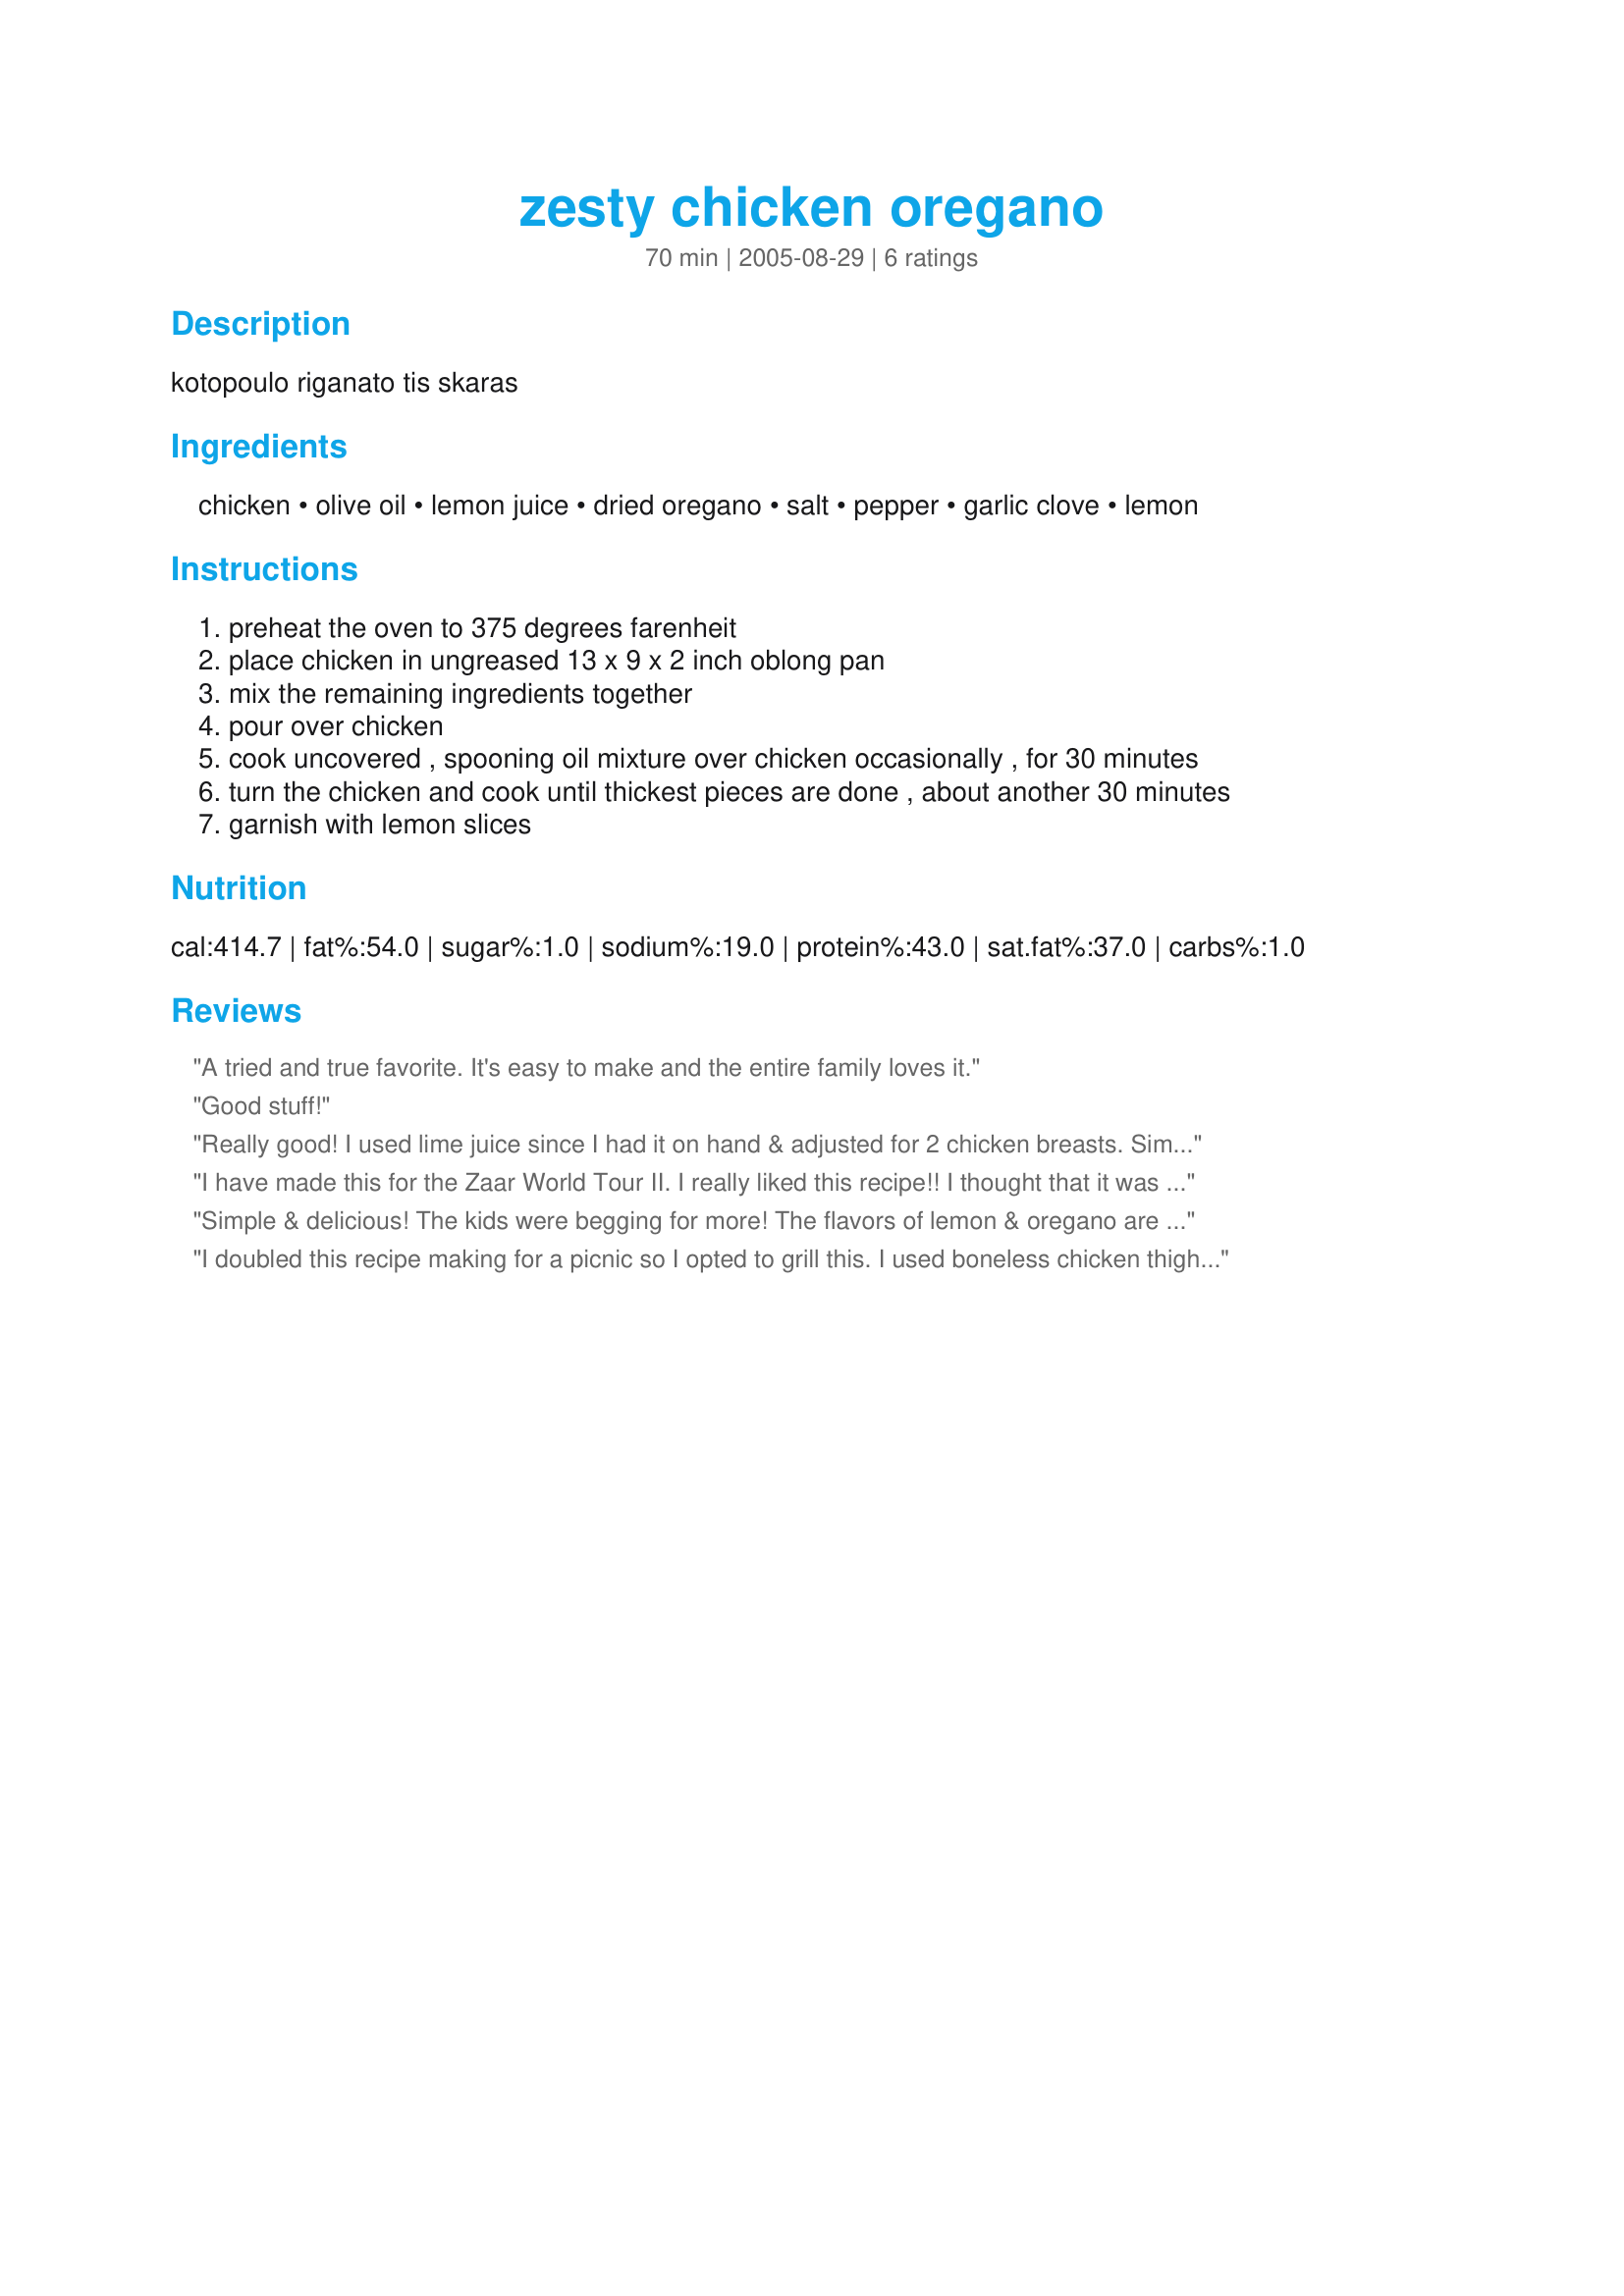
zesty chicken oregano
Preparation time: 70 minutes

kotopoulo riganato tis skaras

Ingredients:
chicken, olive oil, lemon juice, dried oregano, salt, pepper, garlic clove, lemon

Steps:
preheat the oven to 375 degrees farenheit
place chicken in ungreased 13 x 9 x 2 inch oblong pan
mix the remaining ingredients together
pour over chicken
cook uncovered , spooning oil mixture over chicken occasionally , for 30 minutes
turn the chicken and cook until thickest pieces are done , about another 30 minutes
garnish with lemon slices

Reviews:
A tried and true favorite. It's easy to make and the entire family loves it.
Good stuff!
Really good! I used lime juice since I had it on hand & adjusted for 2 chicken breasts. Simple & tasty, my kind of dish. Thanks for posting!
I have made this for the Zaar World Tour II. I really liked this recipe!! I thought that it was going to be really greasy but it wasn't. The taste was very good and had a distinctness. I will definatly be making this again!! It's a keeper!! KUDOS!!
Simple & delicious! The kids were begging for more! The flavors of lemon & oregano are really THERE - love it!!
I doubled this recipe making for a picnic so I opted to grill this. I used boneless chicken thighs that I marinated overnight minus the lemon juice. Adding the lemon juice 1 hour before grilling. I also used 3 tablespoons fresh oregano. Thanks for a fresh yummy recipe. ;)
